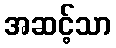
အဆင့်သာ